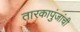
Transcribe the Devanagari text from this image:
तारकापुंजांची